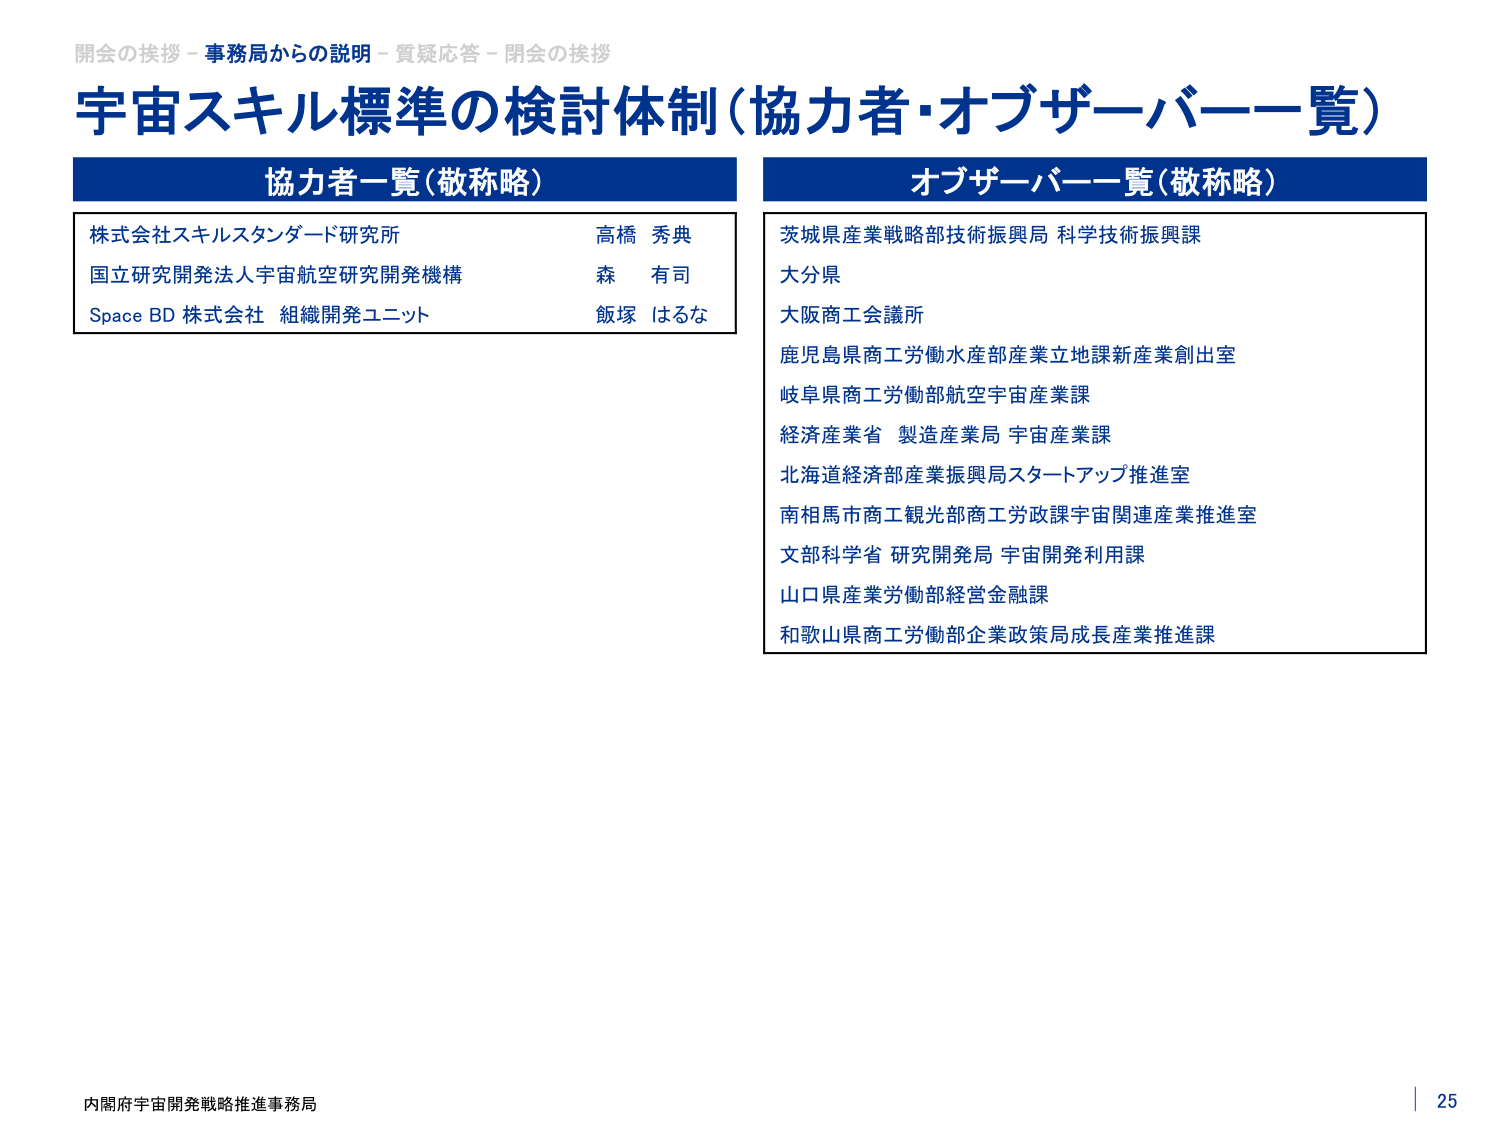
開会の挨拶 - 事務局からの説明 - 質疑応答 - 閉会の挨拶
宇宙スキル標準の検討体制（協力者・オブザーバー一覧）

協力者一覧（敬称略）
株式会社スキルスタンダード研究所　　　　　　　高橋 秀典
国立研究開発法人宇宙航空研究開発機構　　　　　森 有司
Space BD 株式会社 組織開発ユニット　　　　　　飯塚 はるな

オブザーバー一覧（敬称略）
茨城県産業戦略部技術振興局 科学技術振興課
大分県
大阪商工会議所
鹿児島県商工労働水産部産業立地課新産業創出室
岐阜県商工労働部航空宇宙産業課
経済産業省 製造産業局 宇宙産業課
北海道経済部産業振興局スタートアップ推進室
南相馬市商工観光部商工労政課宇宙関連産業推進室
文部科学省 研究開発局 宇宙開発利用課
山口県産業労働部経営金融課
和歌山県商工労働部企業政策局成長産業推進課

内閣府宇宙開発戦略推進事務局
25